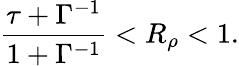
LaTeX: \frac{\tau+\Gamma^{-1}}{1+\Gamma^{-1}}<R_{\rho}<1.